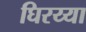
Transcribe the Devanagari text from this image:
घिरय्या